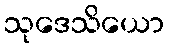
သုဒေသိယော